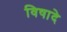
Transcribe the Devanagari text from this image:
विषादे